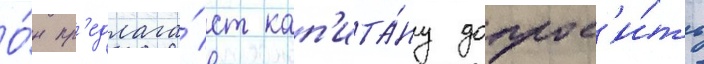
О́н пр'едлага́ет кап'ита́ну допрос'и́ть